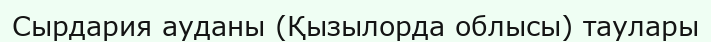
Сырдария ауданы (Қызылорда облысы) таулары